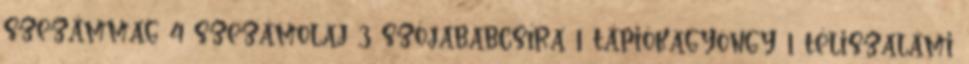
szezámmag 4 szezámolaj 3 szójababcsíra 1 tápiókagyöngy 1 téliszalámi